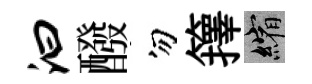
汩醱勿籜縮